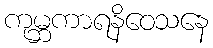
ကုမ္ဘကာရနိဝေသနေ